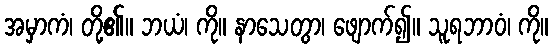
အမှာကံ၊ တို့၏။ ဘယံ၊ ကို။ နာသေတွာ၊ ဖျောက်၍။ သူရဘာဝံ၊ ကို။